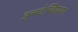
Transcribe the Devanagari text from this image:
इन्स्टेन्शियशन